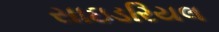
સાઇડરિયલ